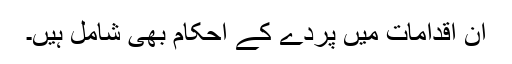
ان اقدامات میں پردے کے احکام بھی شامل ہیں۔